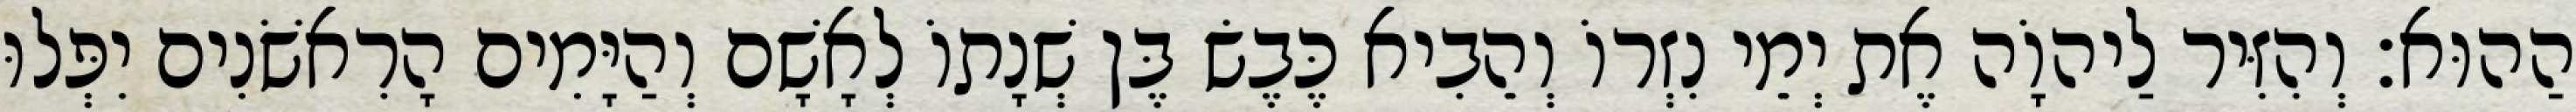
הַהוּא׃ וְהִזִּיר לַיהוָֹה אֶת יְמֵי נִזְרוֹ וְהֵבִיא כֶּבֶשׂ בֶּן שְׁנָתוֹ לְאָשָׁם וְהַיָּמִים הָרִאשֹׁנִים יִפְּלוּ